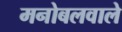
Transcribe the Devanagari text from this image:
मनोबलवाले